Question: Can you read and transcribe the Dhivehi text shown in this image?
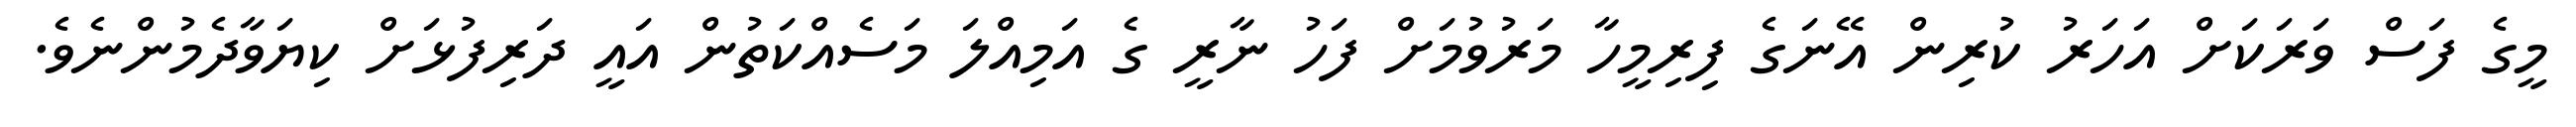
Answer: މީގެ ފަސް ވަރަކަށް އަހަރު ކުރިން އޭނަގެ ފިރިމީހާ މަރުވުމަށް ފަހު ނާރީ ގެ އަމިއްލަ މަސެއްކަތުން އައީ ދަރިފުޅަށް ކިޔަވާދެމުންނެވެ.